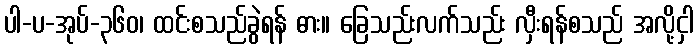
ပါ-ပ-အုပ်-၃၆၀၊ ထင်းစသည်ခွဲရန် ဓား။ ခြေသည်းလက်သည်း လှီးရန်စသည် အလို့ငှါ